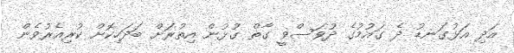
އަދި އަޅުގަނޑު ދެ ގައުމުގެ ދުވަސްވީ ގާތް ގުޅުން އިތުރަށް ބަދަހިކޮށް ކުރިއެރުވެން